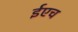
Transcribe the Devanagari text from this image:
ईएच